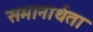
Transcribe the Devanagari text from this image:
समानार्थता